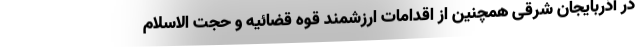
در آذربایجان شرقی همچنین از اقدامات ارزشمند قوه قضائیه و حجت الاسلام